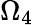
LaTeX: \Omega_{4}